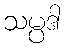
သမ္ပဒါ